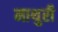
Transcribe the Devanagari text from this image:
माथुरी